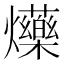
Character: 𤓈